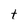
Character: t